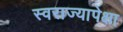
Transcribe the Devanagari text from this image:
स्वराज्यापेक्षा